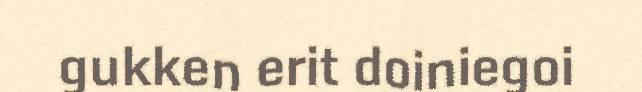
gukken erit doiniegoi